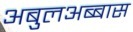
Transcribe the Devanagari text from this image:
अबुलअब्बास